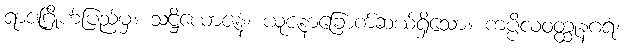
ရာဇဂြိုဟ်ပြည်မှ။ သဋ္ဌိယောဇနံ၊ ယူဇနာခြောက်ဆယ်ရှိသော။ ကပ္ပိလဝတ္ထုနဂရံ၊